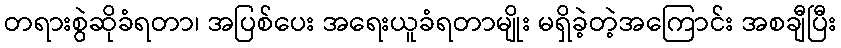
တရားစွဲဆိုခံရတာ၊ အပြစ်ပေး အရေးယူခံရတာမျိုး မရှိခဲ့တဲ့အကြောင်း အစချီပြီး